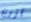
أزرع